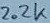
Text: 2.2K